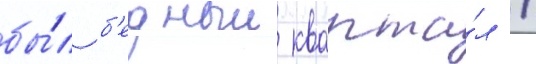
бы́л б'едныи кварта́л /